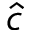
\hat { c }